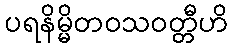
ပရနိမ္မိတဝသဝတ္တီဟိ